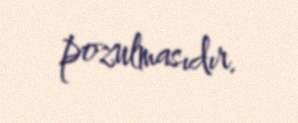
pozulmasıdır.